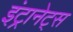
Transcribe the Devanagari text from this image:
इंट्रानेट्स